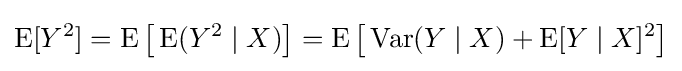
\operatorname {E} [Y^{2}]=\operatorname {E} {\bigl [}\operatorname {E} (Y^{2}\mid X){\bigr ]}=\operatorname {E} {\bigl [}\operatorname {Var} (Y\mid X)+\operatorname {E} [Y\mid X]^{2}{\bigr ]}